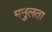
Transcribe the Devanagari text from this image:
मनुलता